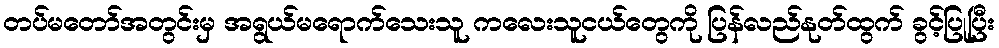
တပ်မတော်အတွင်းမှ အရွယ်မရောက်သေးသူ ကလေးသူငယ်တွေကို ပြန်လည်နုတ်ထွက် ခွင့်ပြုပြီး